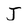
Character: J